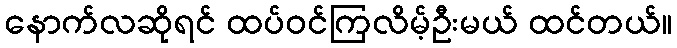
နောက်လဆိုရင် ထပ်ဝင်ကြလိမ့်ဦးမယ် ထင်တယ်။